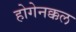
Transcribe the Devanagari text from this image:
होगेनक्कल